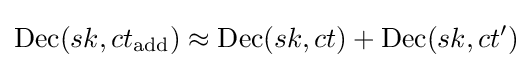
{\text{Dec}}(sk,ct_{\text{add}})\approx {\text{Dec}}(sk,ct)+{\text{Dec}}(sk,ct')